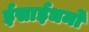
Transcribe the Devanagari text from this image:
ईसाईधर्मों